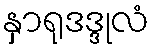
နှာရုဒဒ္ဒုလံ